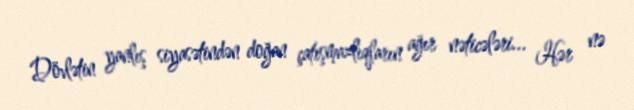
Dövlətin yanlış siyasətindən doğan çatışmazlıqların ağır nəticələri... Hər nə